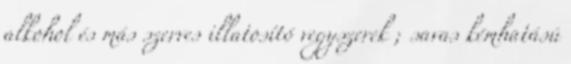
alkohol és más szerves illatosító vegyszerek ; savas kémhatású